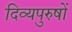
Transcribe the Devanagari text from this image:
दिव्यपुरुषों